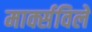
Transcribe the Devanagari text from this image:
मार्क्सविले